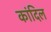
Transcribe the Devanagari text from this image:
कांदिल